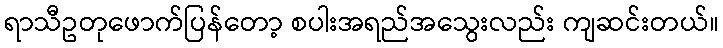
ရာသီဥတုဖောက်ပြန်တော့ စပါးအရည်အသွေးလည်း ကျဆင်းတယ်။